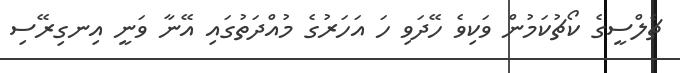
ޗެލްސީގެ ކޯޗުކަމުން ވަކިވެ ހޭދަވި ހަ އަހަރުގެ މުއްދަތުގައި އޭނާ ވަނީ އިނގިރޭސި